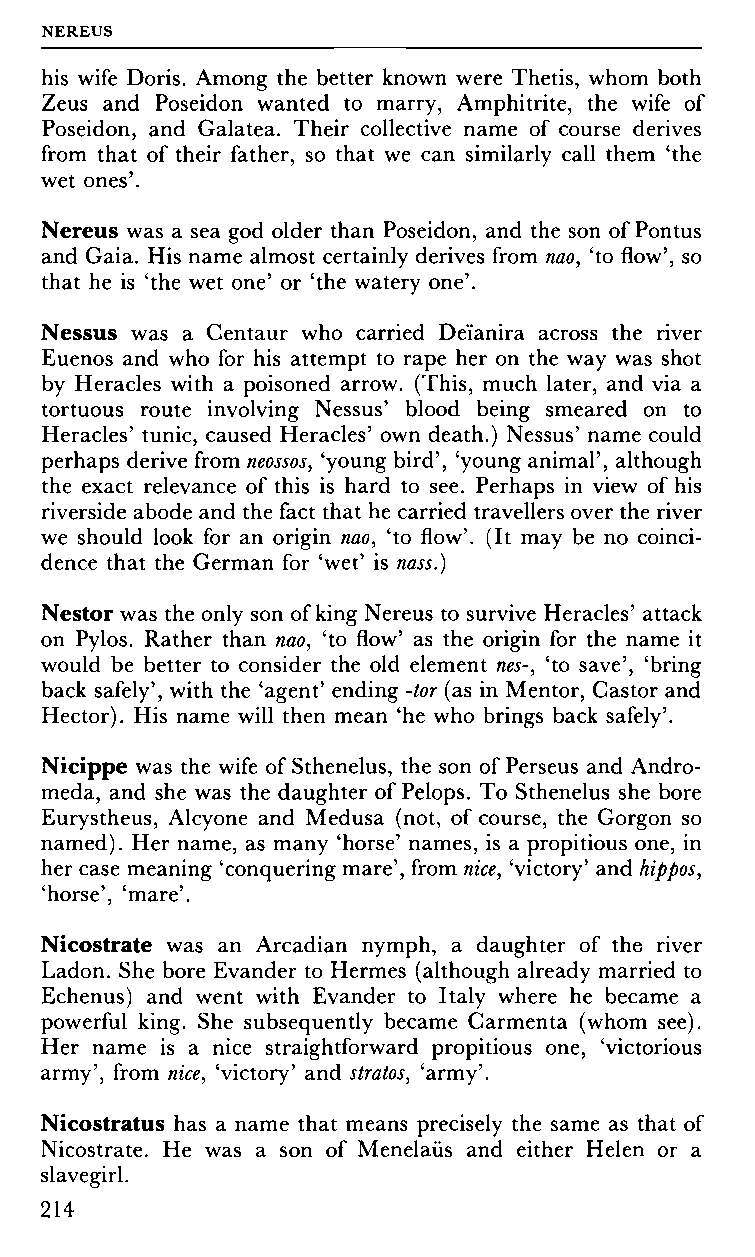
NEREUS
 his wife Doris. Among the better known were Thetis, whom both
 Zeus and Poseidon wanted to marry, Amphitrite, the wife of
 Poseidon, and Galatea. Their collective name of course derives
 from that of their father, so that we can similarly call them 'the
 wet ones'.
 Nereus was a sea god older than Poseidon, and the son of Pontus
 and Gaia. His name almost certainly derives from nao, 'to flow', so
 that he is 'the wet one' or 'the watery one'.
 Nessus was a Centaur who carried Dei'anira across the river
 Euenos and who for his attempt to rape her on the way was shot
 by Heracles with a poisoned arrow. (This, much later, and via a
 tortuous route involving Nessus' blood being smeared on to
 Heracles' tunic, caused Heracles' own death.) Nessus' name could
 perhaps derive from neossos, 'young bird', 'young animal', although
 the exact relevance of this is hard to see. Perhaps in view of his
 riverside abode and the fact that he carried travellers over the river
 we should look for an origin nao, 'to flow'. (It may be no coinci
 dence that the German for 'wet' is nass.)
 Nestor was the only son of king Nereus to survive Heracles' attack
 on Pylos. Rather than nao, 'to flow' as the origin for the name it
 would be better to consider the old element nes-, 'to save', 'bring
 back safely', with the 'agent' ending -tor (as in Mentor, Castor and
 Hector). His name will then mean 'he who brings back safely'.
 Nicippe was the wife of Sthenelus, the son of Perseus and Andro
 meda, and she was the daughter of Pelops. To Sthenelus she bore
 Eurystheus, Alcyone and Medusa (not, of course, the Gorgon so
 named). Her name, as many 'horse' names, is a propitious one, in
 her case meaning 'conquering mare', from nice, 'victory' and hippos,
 'horse', 'mare'.
 Nicostrate was an Arcadian nymph, a daughter of the river
 Ladon. She bore Evander to Hermes (although already married to
 Echenus) and went with Evander to Italy where he became a
 powerful king. She subsequently became Carmenta (whom see).
 Her name is a nice straightforward propitious one, 'victorious
 army', from nice, 'victory' and stratos, 'army'.
 Nicostratus has a name that means precisely the same as that of
 Nicostrate. He was a son of Menelaiis and either Helen or a
 slavegirl.
 214